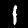
Label: 1